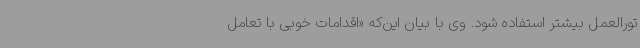
تورالعمل بیشتر استفاده شود. وی با بیان این‌که «اقدامات خوبی با تعامل